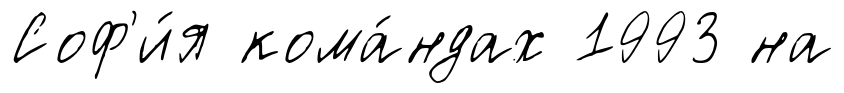
Соф'и́я кома́ндах 1993 на